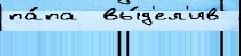
па́па  вы́д'ел'ив